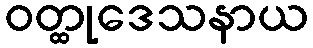
ဝတ္ထုဒေသနာယ